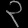
Digit: ၃